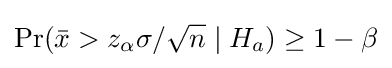
\Pr({\bar {x}}>z_{\alpha }\sigma /{\sqrt {n}}\mid H_{a})\geq 1-\beta